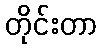
တိုင်းတာ